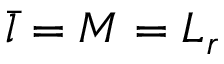
\bar { l } = M = L _ { r }